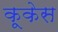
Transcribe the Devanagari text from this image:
कूकेस